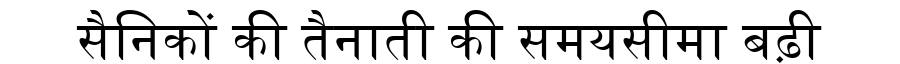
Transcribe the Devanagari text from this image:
सैनिकों की तैनाती की समयसीमा बढ़ी